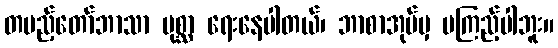
တပည့်တော်ဘာသာ ပုစ္ဆာ ရေးနေပါတယ်၊ ဘာစာအုပ်မှ မကြည့်ပါဘူး။